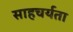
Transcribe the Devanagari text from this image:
साहचर्यता